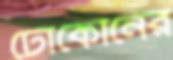
টোকোনের